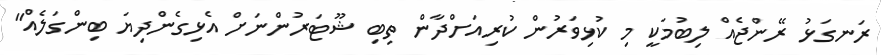
ރަނގަޅު ރޭންްޖެއް ލިބުމަކީ މި ކުޅިވަރުން ކުރިއަށްދާން ތިބި ޝޫޓަރުންނަށް އެޅިގެންދިޔަ ބިންގަލެއް"